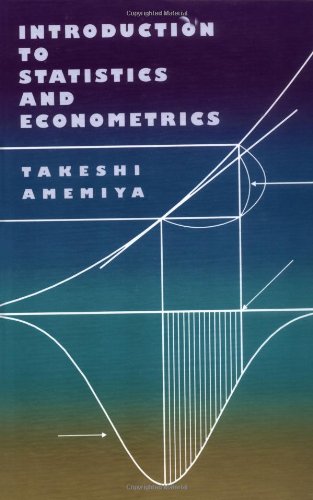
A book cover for Introduction to Statistics and Econometrics; Takeshi Amemiya; Business & Money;